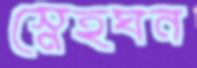
স্নেহঘন